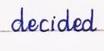
decided